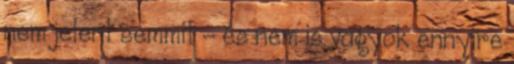
nem jelent semmit - és nem is vagyok ennyire